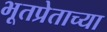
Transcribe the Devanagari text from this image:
भूतप्रेताच्या